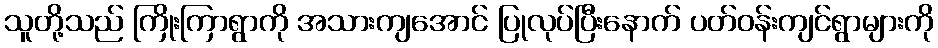
သူတို့သည် ကြိုးကြာရွာကို အသားကျအောင် ပြုလုပ်ပြီးနောက် ပတ်ဝန်းကျင်ရွာများကို